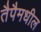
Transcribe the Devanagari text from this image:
तैपैमधील